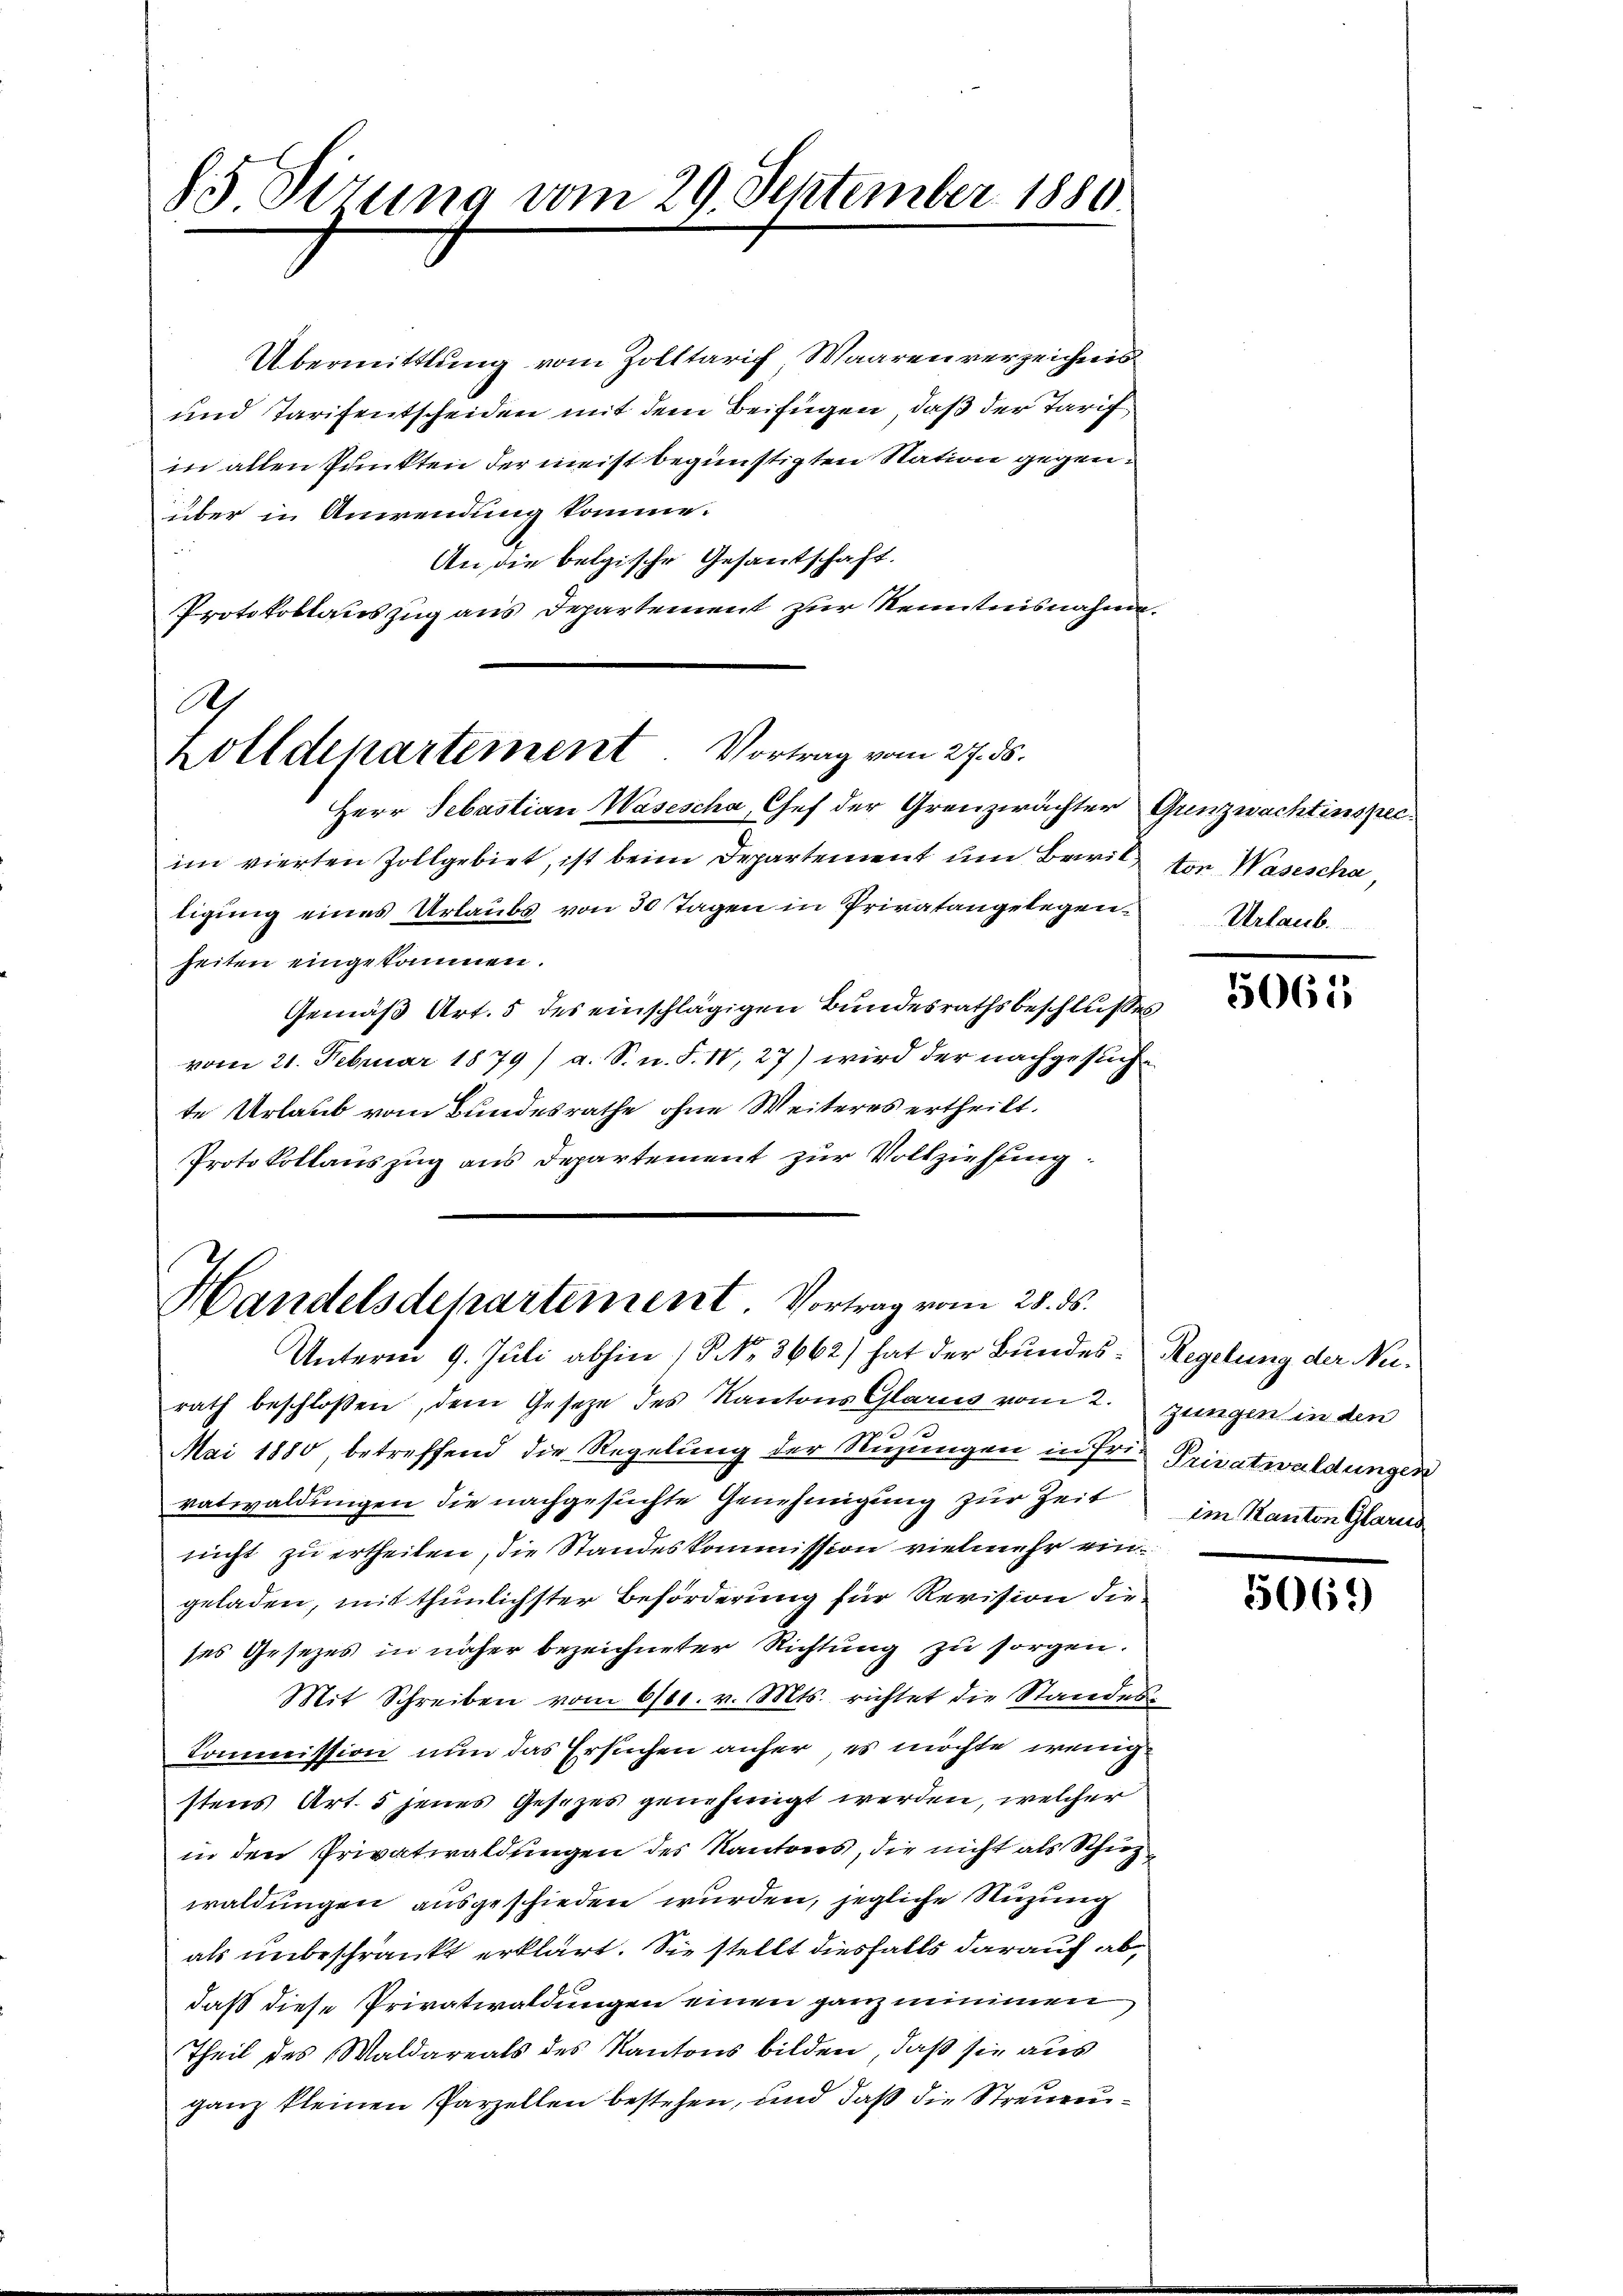
85 Sizung vom 29. September 1880.

A
Zolldepartement Vortrag vom 27. ds.

Handelsdepartement. Vortrag vom 28. ds.
Unterm 9. Juli abhin (NNo. 3662) hat der Bundes-Regelung der Nu¬

Übermittlung vom Zolltarich, Waaren verzeichnes
und Tarifentscheiden mit dem Beifügen, daß der Tarif
in allen Punkten der meist begünstigten Station gegenüber in Anwendung komme.
An die belgische Gesantschaft.
Protokollauszug aus Departement zur Kenntnisnahme
Herr Sebastian Wasescha, Chef der Grenzwächter
im vierten Zollgebiet, ist beim Departement um Beweil von Wasescha
ligung eines Urlaubs von 30 Tagen in Privatangelegen Urlaub.
heiten eingekommen.
Gemäß Art. 5 des einschlägigen Bundesrathsbeschluße
vom 21. Februar 1879 / a. S. n. F. IV, 27) wird der nachgesuchte Urlaub vom Bundesrathe ohne Weiteres ertheilt.
Protokollauszug aus Departement zur Vollziehung.

rath beschlossen, dem Gesetze des Kantons Glarus vom 2. Zungen in den
S
Mai 1880, betreffend die Regelung der Nuzungen in Frie Privatwaldungen
vatwaldungen die nachgesuchte Genehmigung zur Zeit
nicht zu ertheilen, die Standeskommission vielmehr ein
geladen, mit thunlichster Beförderung für Revision dieses Gesezes in näher bezeichneter Richtung zu sorgen.
Mit Schreiben vom 6100. v. Mts. richtet die Standen
Kommission nun das Ersuchen anher, es möchte wenig
stens Art. 5 jenes Gesetzes genehmigt werden, welcher
in den Privatwaldungen des Kantons, die nicht als Schuzwaldungen ausgeschieden wurden, jegliche Suzung
als unbeschränkt erklärt. Sie stellt diesfalls darauf abdaß diese Privatwaldungen einen ganz mimmen
Theil des Waldareals des Kantons bilden, daß sie aus
ganz kleinen Parzellen bestehen, und daß die Streuen¬

Grenzwachtenspec.

5065

im Kanton Glarus

e

1

5069